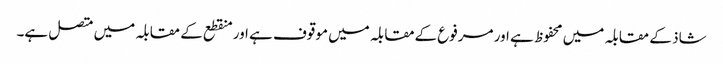
شاذ کے مقابلہ میں محفوظ ہے اور مرفوع کےمقابلہ میں موقوف ہے اور منقطع کے مقابلہ میں متصل ہے۔